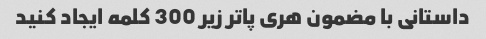
داستانی با مضمون هری پاتر زیر 300 کلمه ایجاد کنید